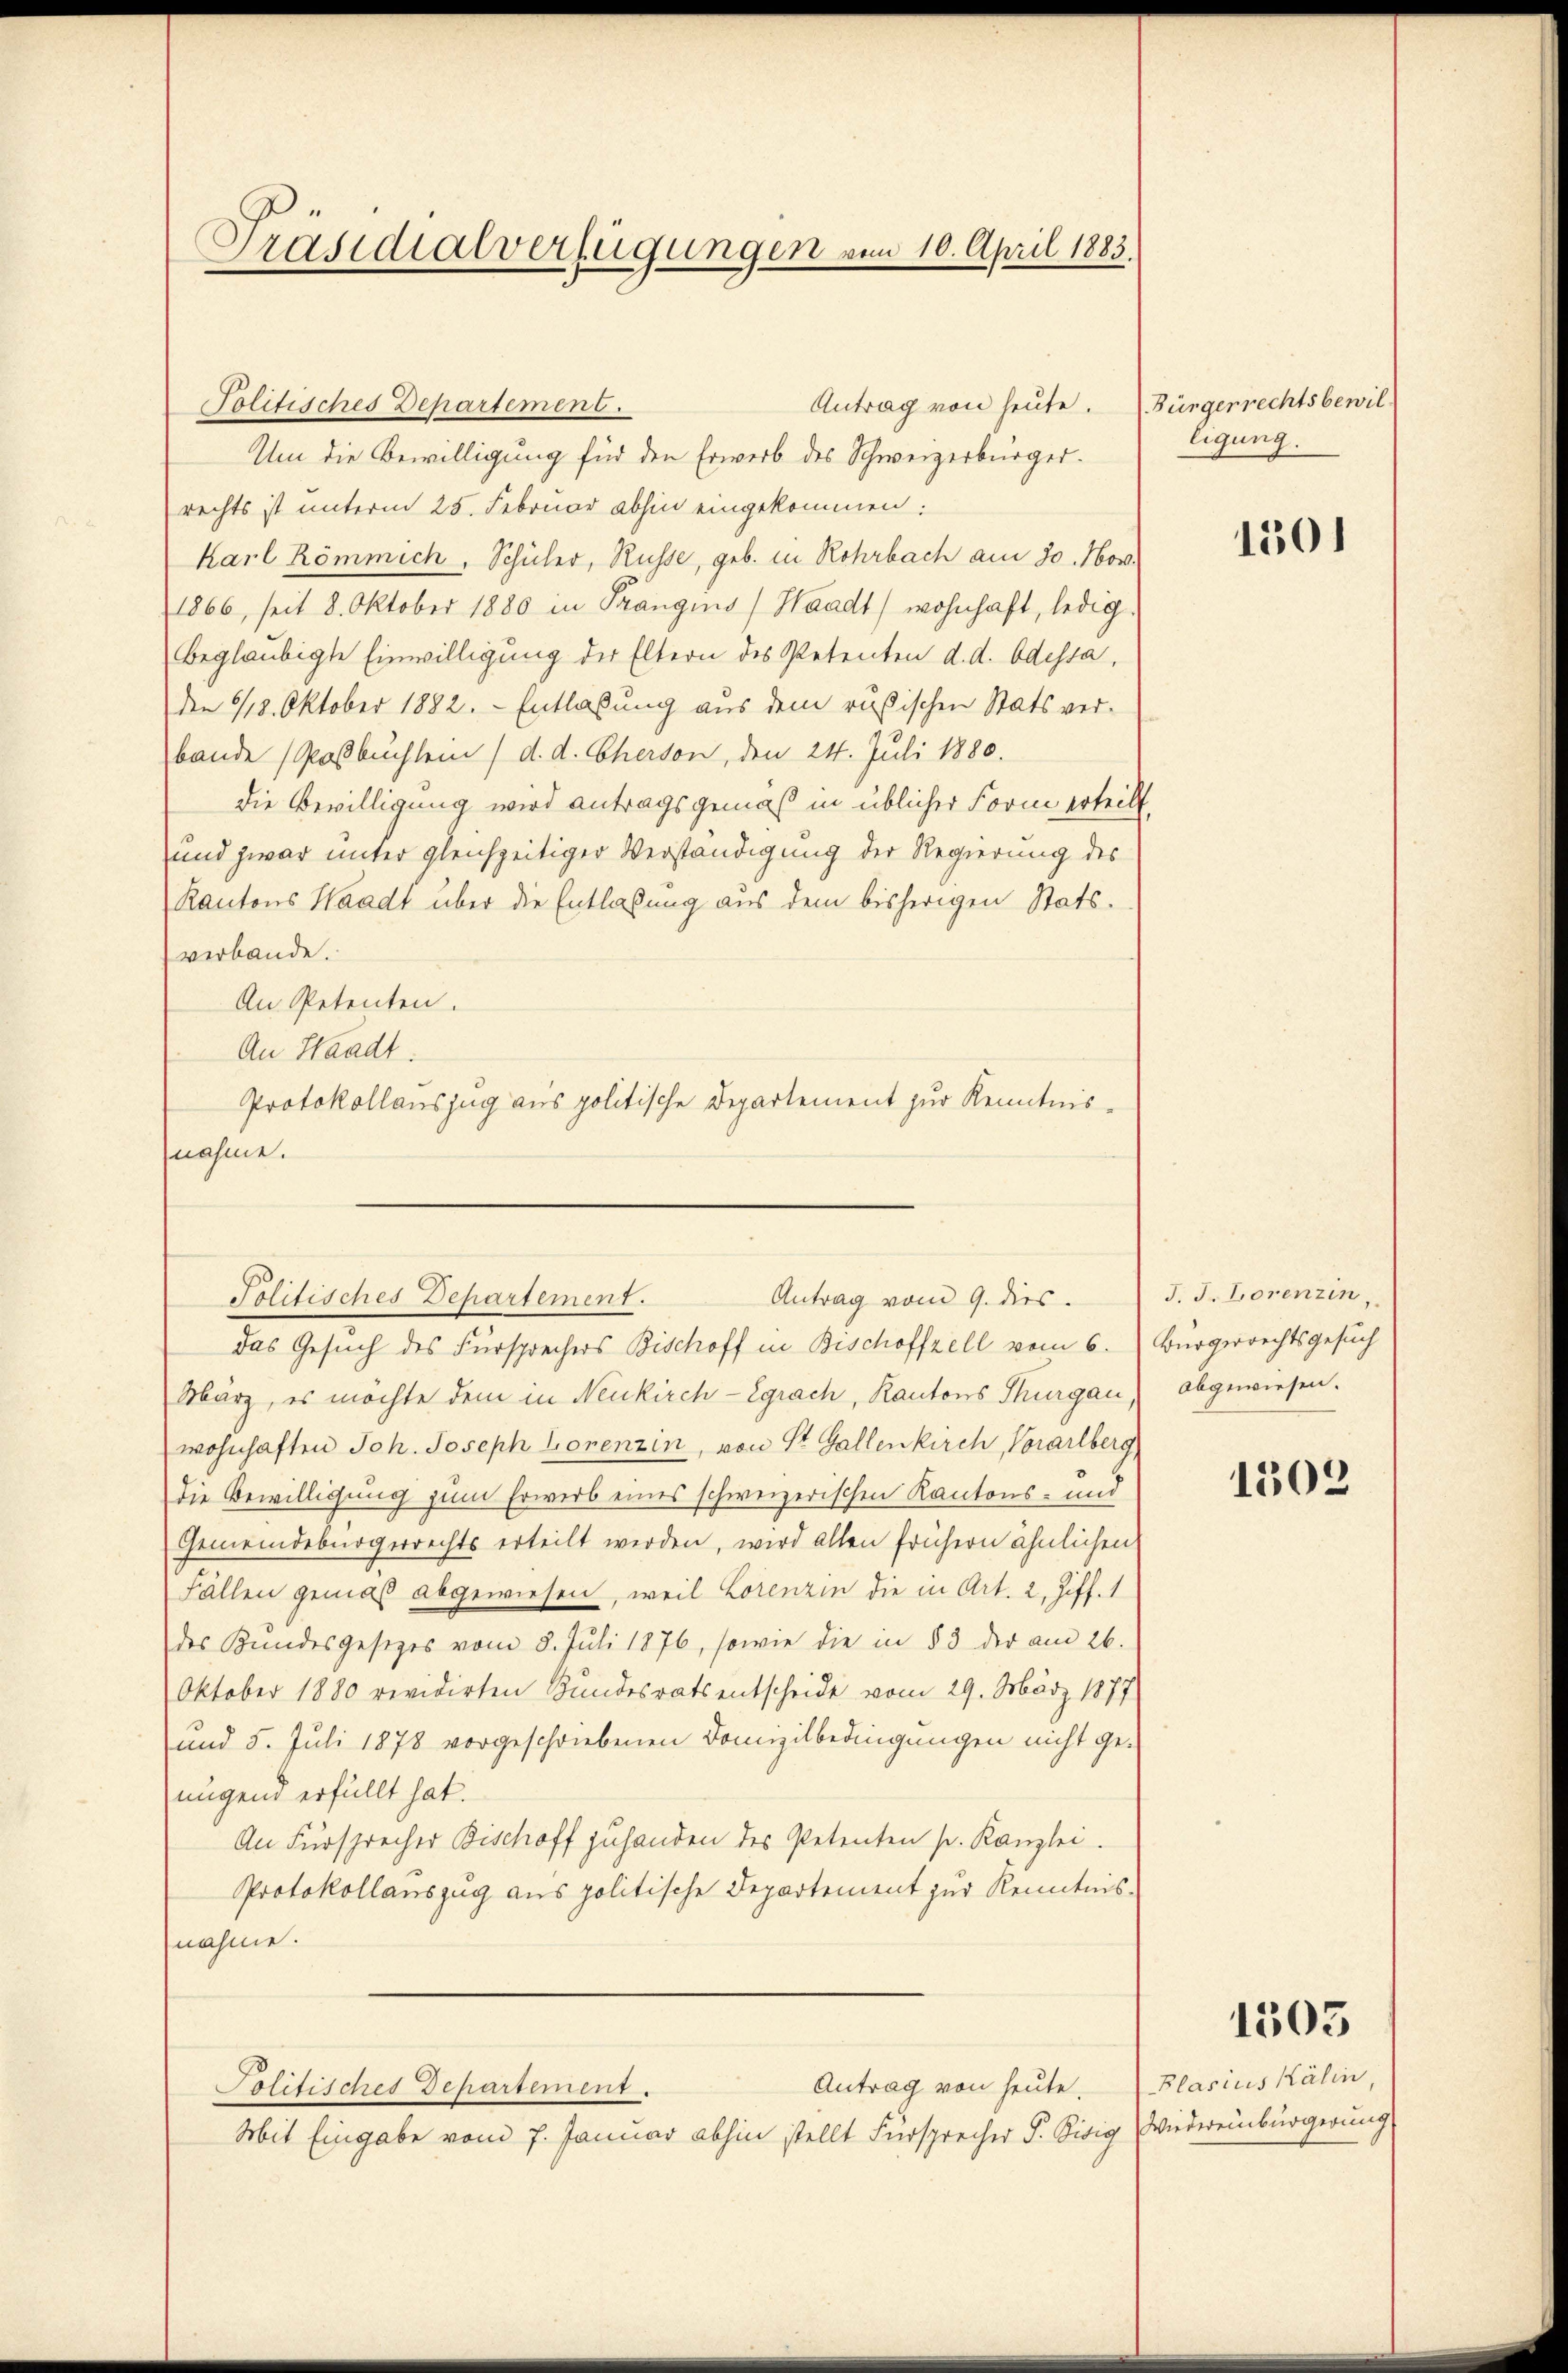
Präsidialverfügungen vom 10. April 1883.

Politisches Departement.
Um die Bewilligung für den Erwerb des Schweizerbürger.
rechts ist unterm 25. Februar abhin eingekommen:
Karl Römmich, Schüler, Russe, geb. in Rohrbach am 30. Nov.
1866, seit 8. Oktober 1880 in Prangins (Waadt, wohnhaft, ledig
beglaubigte Einwilligung der Eltern des Petenten d. d. Odessa,
den 1418. Oktober 1882. Entlaßung aus dem rußischen Stats ver-
bande Postbuchlein (d. d. Cherson, den 24. Juli 1880.
die Bewilligung wird antragsgemäß in üblicher Form erteilt.
und zwar unter gleichzeitiger Verständigung der Regierung des
Kantons Waadt über die Entlaßung aus dem bisherigen Statsverbande.
An Petenten.
An Waadt.
Protokollauszug aus politische Departement zur Kenntnisnahme.

Antrag von heute.

Das Gesuch des Fürsprechers Bischoff in Bischoffzell vom 6. Bürgerrechtsgesuch
März, es möchte dem in Neukirch-Egrach, Kantons Thurgau,
wohnhaften Joh. Joseph Lorenzin, von St. Gallenkirch, Vorarlberg
die Bewilligung zum Erwerb eines schweizerischen Kantons- und
Gemeindebürgerrechts erteilt werden, wird alten frühern ähnlichen
Fällen gemäß abgewiesen, weil Lorenzin die in Art. 2, Ziff. 1
des Kundesgesetzes vom 8. Juli 1876, sowie die in § 3 der am 26.
Oktober 1880 revidirten Bundesrats entscheide vom 29. März 1877
und 5. Juli 1878 vorgeschriebenen Domizilbedingungen nicht ge-
nügend erfüllt hat.
An Fürsprecher Bischoff zuhanden des Petenten sr. Kanzlei.
Protokollanszug aus politische Departement zur Kenntnis-
nahme.
Antrag von heute.
Politisches Departement.
Mit Eingabe vom 7. Januar abhin stellt Fürsprecher P. Bisig Wiedereinbürgerung

Antrag vom 9. dies
Politisches Departement.

Bürgerrechtsbewil
ligung.

1501

J. J. Lorenzin,
abgewiesen.

1502

1303

Blasius Kälin,